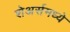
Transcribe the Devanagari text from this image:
शेअर्समध्ये